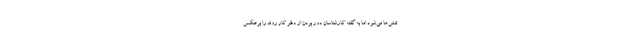
تنش‌ها می‌شود اما به گفته کارشناسان دور بودن از دفتر کار روند را برعکس